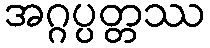
အဂ္ဂပ္ပတ္တဿ